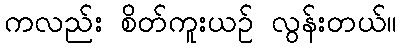
ကလည်း စိတ်ကူးယဉ် လွန်းတယ်။